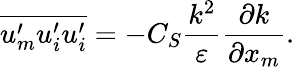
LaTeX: \overline{{u_{m}^{\prime}u_{i}^{\prime}u_{i}^{\prime}}}=-C_{S}\frac{k^{2}}{\varepsilon}\frac{\partial k}{\partial x_{m}}.